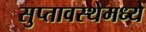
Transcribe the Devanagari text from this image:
सुप्तावस्थेमध्ये